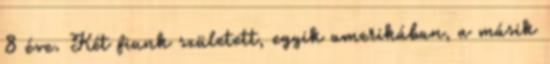
8 éve. Két fiunk született, egyik amerikában, a másik